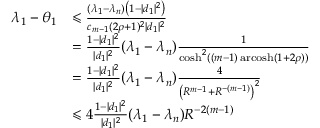
{ \begin{array} { r l } { \lambda _ { 1 } - \theta _ { 1 } } & { \leqslant { \frac { ( \lambda _ { 1 } - \lambda _ { n } ) \left( 1 - | d _ { 1 } | ^ { 2 } \right) } { c _ { m - 1 } ( 2 \rho + 1 ) ^ { 2 } | d _ { 1 } | ^ { 2 } } } } \\ & { = { \frac { 1 - | d _ { 1 } | ^ { 2 } } { | d _ { 1 } | ^ { 2 } } } ( \lambda _ { 1 } - \lambda _ { n } ) { \frac { 1 } { \cosh ^ { 2 } ( ( m - 1 ) \operatorname { a r c o s h } ( 1 + 2 \rho ) ) } } } \\ & { = { \frac { 1 - | d _ { 1 } | ^ { 2 } } { | d _ { 1 } | ^ { 2 } } } ( \lambda _ { 1 } - \lambda _ { n } ) { \frac { 4 } { \left( R ^ { m - 1 } + R ^ { - ( m - 1 ) } \right) ^ { 2 } } } } \\ & { \leqslant 4 { \frac { 1 - | d _ { 1 } | ^ { 2 } } { | d _ { 1 } | ^ { 2 } } } ( \lambda _ { 1 } - \lambda _ { n } ) R ^ { - 2 ( m - 1 ) } } \end{array} }